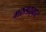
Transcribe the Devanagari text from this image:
गरुडद्वार